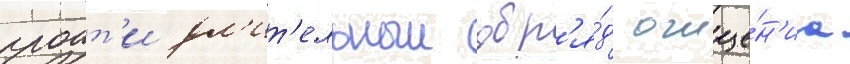
проит'и дл'ит'ельныи обр'я́д очище́н'иа